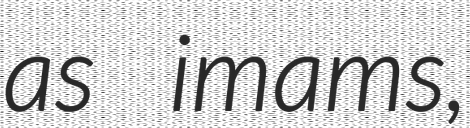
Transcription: as imams,